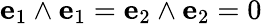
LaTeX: \mathbf{e}_{1}\wedge\mathbf{e}_{1}=\mathbf{e}_{2}\wedge\mathbf{e}_{2}=0